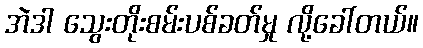
အဲဒါ သွေးတိုးစမ်းပစ်ခတ်မှု လို့ခေါ်တယ်။